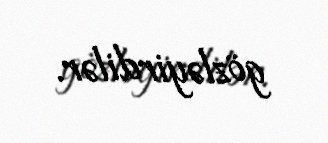
gözləyirdilər.